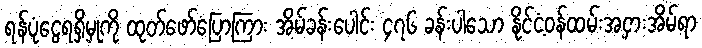
ရန်ပုံငွေရရှိမှုကို ထုတ်ဖော်ပြောကြား အိမ်ခန်းပေါင်း ၄၇၆ ခန်းပါသော နိုင်ငံ့ဝန်ထမ်းအငှားအိမ်ရာ